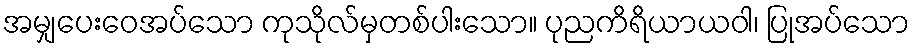
အမျှပေးဝေအပ်သော ကုသိုလ်မှတစ်ပါးသော။ ပုညကိရိယာယဝါ၊ ပြုအပ်သော